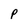
Character: P